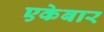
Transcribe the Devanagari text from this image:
एकेबार